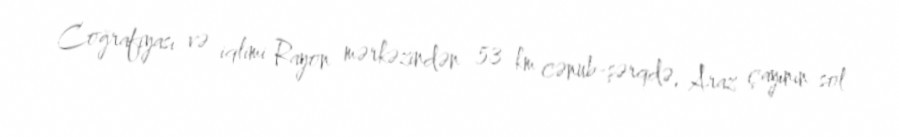
Coğrafiyası və iqlimi Rayon mərkəzindən 53 km cənub-şərqdə, Araz çayının sol